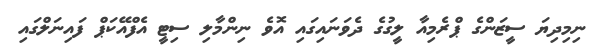
ނިމިދިޔަ ސީޒަންގެ ޕްރެމިއާ ލީގުގެ ދެވަނައިގައި އޮވެ ނިންމާލި ސިޓީ އެފްއޭކަޕް ފައިނަލްގައި